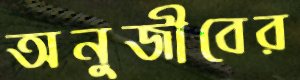
অনুজীবের